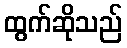
ထွက်ဆိုသည်